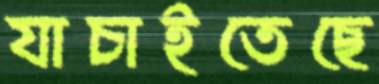
যাচাইতেছে